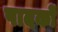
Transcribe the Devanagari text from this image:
पादकों